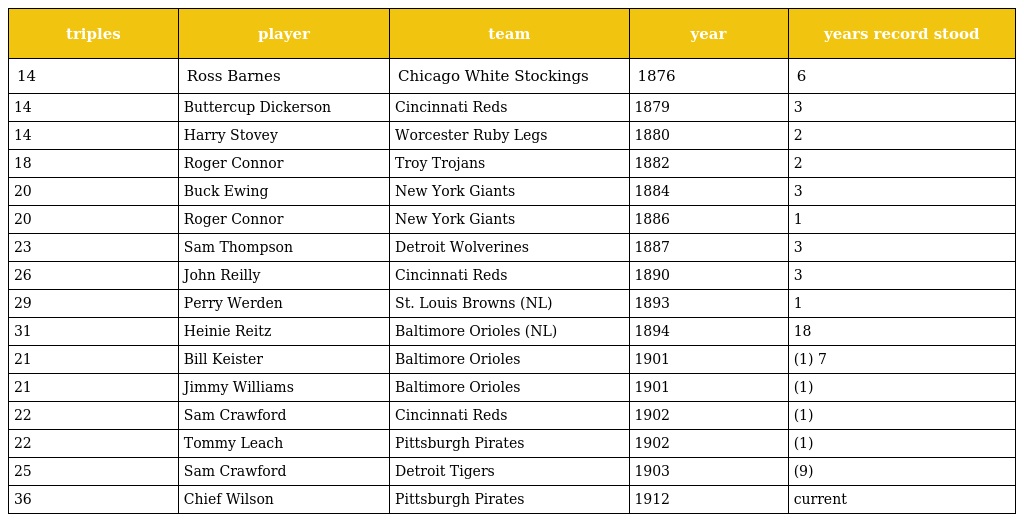
| triples | player | team | year | years record stood |
 | --- | --- | --- | --- | --- |
 | 14 | Ross Barnes | Chicago White Stockings | 1876 | 6 |
 | 14 | Buttercup Dickerson | Cincinnati Reds | 1879 | 3 |
 | 14 | Harry Stovey | Worcester Ruby Legs | 1880 | 2 |
 | 18 | Roger Connor | Troy Trojans | 1882 | 2 |
 | 20 | Buck Ewing | New York Giants | 1884 | 3 |
 | 20 | Roger Connor | New York Giants | 1886 | 1 |
 | 23 | Sam Thompson | Detroit Wolverines | 1887 | 3 |
 | 26 | John Reilly | Cincinnati Reds | 1890 | 3 |
 | 29 | Perry Werden | St. Louis Browns (NL) | 1893 | 1 |
 | 31 | Heinie Reitz | Baltimore Orioles (NL) | 1894 | 18 |
 | 21 | Bill Keister | Baltimore Orioles | 1901 | (1) 7 |
 | 21 | Jimmy Williams | Baltimore Orioles | 1901 | (1) |
 | 22 | Sam Crawford | Cincinnati Reds | 1902 | (1) |
 | 22 | Tommy Leach | Pittsburgh Pirates | 1902 | (1) |
 | 25 | Sam Crawford | Detroit Tigers | 1903 | (9) |
 | 36 | Chief Wilson | Pittsburgh Pirates | 1912 | current |